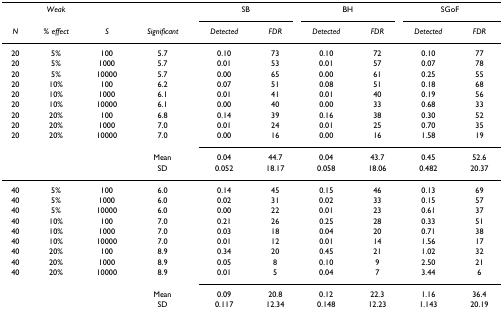
<table><thead><tr><td></td><td><b><i>Weak</i></b></td><td></td><td></td><td colspan="2"><b>SB</b></td><td colspan="2"><b>BH</b></td><td colspan="2"><b>SGoF</b></td></tr><tr><td><b><i>N</i></b></td><td><b><i>% effect</i></b></td><td><b><i>S</i></b></td><td><b><i>Significant</i></b></td><td><b><i>Detected</i></b></td><td><b><i>FDR</i></b></td><td><b><i>Detected</i></b></td><td><b><i>FDR</i></b></td><td><b><i>Detected</i></b></td><td><b><i>FDR</i></b></td></tr></thead><tbody><tr><td>20</td><td>5%</td><td>100</td><td>5.7</td><td>0.10</td><td>73</td><td>0.10</td><td>72</td><td>0.10</td><td>77</td></tr><tr><td>20</td><td>5%</td><td>1000</td><td>5.7</td><td>0.01</td><td>53</td><td>0.01</td><td>57</td><td>0.07</td><td>78</td></tr><tr><td>20</td><td>5%</td><td>10000</td><td>5.7</td><td>0.00</td><td>65</td><td>0.00</td><td>61</td><td>0.25</td><td>55</td></tr><tr><td>20</td><td>10%</td><td>100</td><td>6.2</td><td>0.07</td><td>51</td><td>0.08</td><td>51</td><td>0.18</td><td>68</td></tr><tr><td>20</td><td>10%</td><td>1000</td><td>6.1</td><td>0.01</td><td>41</td><td>0.01</td><td>40</td><td>0.19</td><td>56</td></tr><tr><td>20</td><td>10%</td><td>10000</td><td>6.1</td><td>0.00</td><td>40</td><td>0.00</td><td>33</td><td>0.68</td><td>33</td></tr><tr><td>20</td><td>20%</td><td>100</td><td>6.8</td><td>0.14</td><td>39</td><td>0.16</td><td>38</td><td>0.30</td><td>52</td></tr><tr><td>20</td><td>20%</td><td>1000</td><td>7.0</td><td>0.01</td><td>24</td><td>0.01</td><td>25</td><td>0.70</td><td>35</td></tr><tr><td>20</td><td>20%</td><td>10000</td><td>7.0</td><td>0.00</td><td>16</td><td>0.00</td><td>16</td><td>1.58</td><td>19</td></tr><tr><td></td><td></td><td></td><td>Mean</td><td>0.04</td><td>44.7</td><td>0.04</td><td>43.7</td><td>0.45</td><td>52.6</td></tr><tr><td></td><td></td><td></td><td>SD</td><td>0.052</td><td>18.17</td><td>0.058</td><td>18.06</td><td>0.482</td><td>20.37</td></tr><tr><td>40</td><td>5%</td><td>100</td><td>6.0</td><td>0.14</td><td>45</td><td>0.15</td><td>46</td><td>0.13</td><td>69</td></tr><tr><td>40</td><td>5%</td><td>1000</td><td>6.0</td><td>0.02</td><td>31</td><td>0.02</td><td>33</td><td>0.15</td><td>57</td></tr><tr><td>40</td><td>5%</td><td>10000</td><td>6.0</td><td>0.00</td><td>22</td><td>0.01</td><td>23</td><td>0.61</td><td>37</td></tr><tr><td>40</td><td>10%</td><td>100</td><td>7.0</td><td>0.21</td><td>26</td><td>0.25</td><td>28</td><td>0.33</td><td>51</td></tr><tr><td>40</td><td>10%</td><td>1000</td><td>7.0</td><td>0.03</td><td>18</td><td>0.04</td><td>20</td><td>0.71</td><td>38</td></tr><tr><td>40</td><td>10%</td><td>10000</td><td>7.0</td><td>0.01</td><td>12</td><td>0.01</td><td>14</td><td>1.56</td><td>17</td></tr><tr><td>40</td><td>20%</td><td>100</td><td>8.9</td><td>0.34</td><td>20</td><td>0.45</td><td>21</td><td>1.02</td><td>32</td></tr><tr><td>40</td><td>20%</td><td>1000</td><td>8.9</td><td>0.05</td><td>8</td><td>0.10</td><td>9</td><td>2.50</td><td>21</td></tr><tr><td>40</td><td>20%</td><td>10000</td><td>8.9</td><td>0.01</td><td>5</td><td>0.04</td><td>7</td><td>3.44</td><td>6</td></tr><tr><td></td><td></td><td></td><td>Mean</td><td>0.09</td><td>20.8</td><td>0.12</td><td>22.3</td><td>1.16</td><td>36.4</td></tr><tr><td></td><td></td><td></td><td>SD</td><td>0.117</td><td>12.34</td><td>0.148</td><td>12.23</td><td>1.143</td><td>20.19</td></tr></tbody></table>